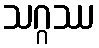
သဂ္ဂဿ